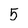
Character: 5